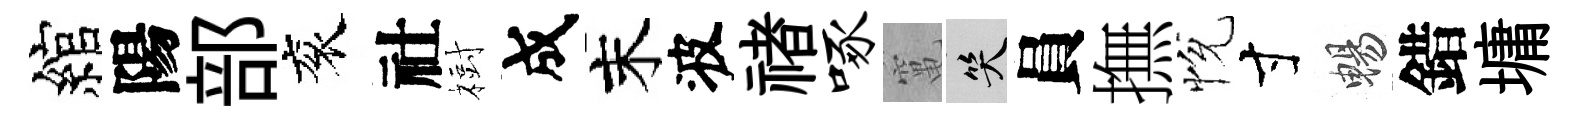
綰陽部衮社𣗳成末波禇啄𥧄笑員撫恱寸暢錯墉